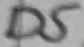
Text: D5